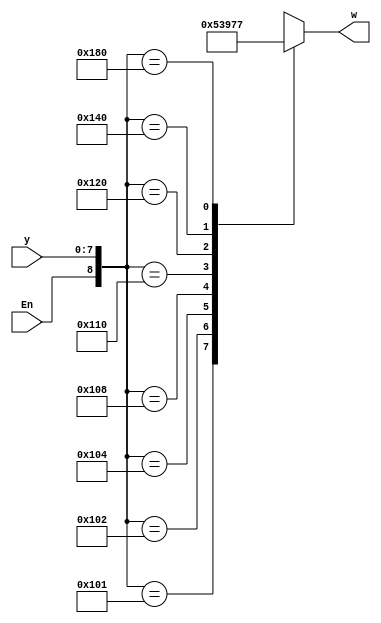
module Exercise4_21(input [7:0]y, input En, output reg [2:0]w);
	always@(y, En)
	begin
		casex({En, y})
		9'b100000001: w = 0;
		9'b100000010: w = 1;
		9'b100000100: w = 2;
		9'b100001000: w = 3;
		9'b100010000: w = 4;
		9'b100100000: w = 5;
		9'b101000000: w = 6;
		9'b110000000: w = 7; //can be 0 2 4 8 16 32 64 128
		default: w = 3'bxxx; //can be 0-7 or xxx or zzz or any combination of those three;
		endcase
	end
	
endmodule